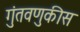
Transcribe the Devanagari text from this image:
गुंतवणुकीस